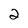
Character: 2